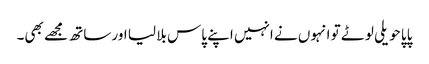
پاپا حویلی لوٹے تو انہوں نے انہیں اپنے پاس بلا لیا اور ساتھ مجھے بھی۔